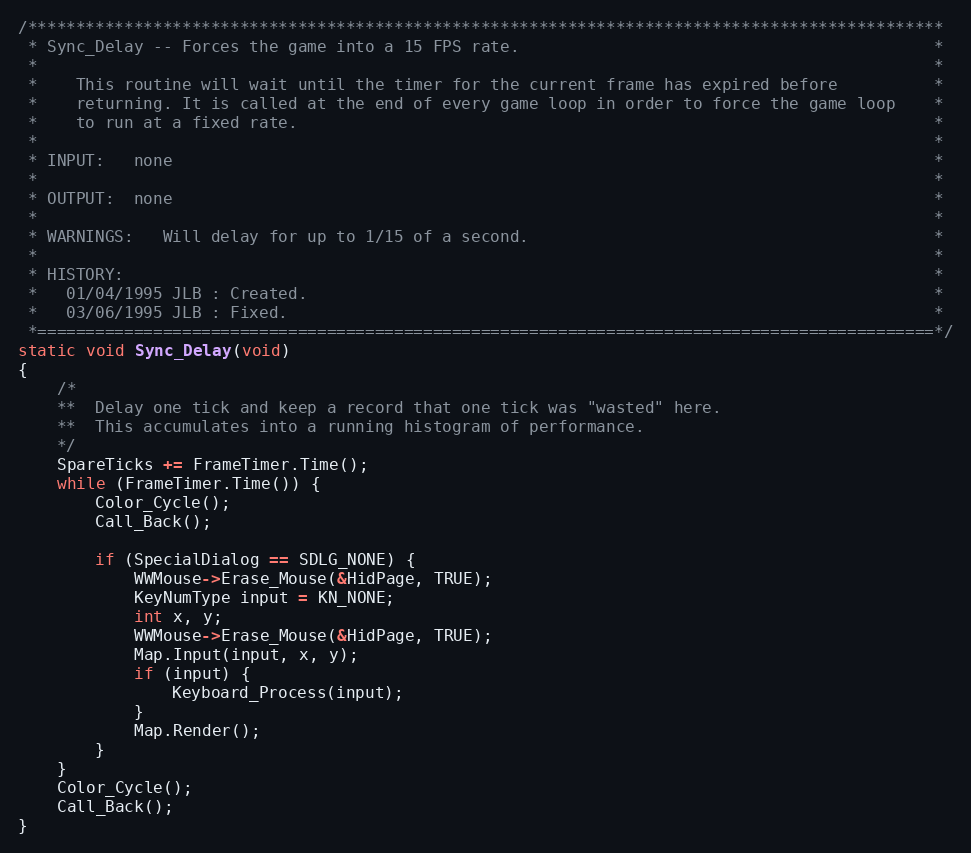
Language: C++
/***********************************************************************************************
 * Sync_Delay -- Forces the game into a 15 FPS rate.                                           *
 *                                                                                             *
 *    This routine will wait until the timer for the current frame has expired before          *
 *    returning. It is called at the end of every game loop in order to force the game loop    *
 *    to run at a fixed rate.                                                                  *
 *                                                                                             *
 * INPUT:   none                                                                               *
 *                                                                                             *
 * OUTPUT:  none                                                                               *
 *                                                                                             *
 * WARNINGS:   Will delay for up to 1/15 of a second.                                          *
 *                                                                                             *
 * HISTORY:                                                                                    *
 *   01/04/1995 JLB : Created.                                                                 *
 *   03/06/1995 JLB : Fixed.                                                                   *
 *=============================================================================================*/
static void Sync_Delay(void)
{
	/*
	**	Delay one tick and keep a record that one tick was "wasted" here.
	**	This accumulates into a running histogram of performance.
	*/
	SpareTicks += FrameTimer.Time();
	while (FrameTimer.Time()) {
		Color_Cycle();
		Call_Back();

		if (SpecialDialog == SDLG_NONE) {
			WWMouse->Erase_Mouse(&HidPage, TRUE);
			KeyNumType input = KN_NONE;
			int x, y;
			WWMouse->Erase_Mouse(&HidPage, TRUE);
			Map.Input(input, x, y);
			if (input) {
				Keyboard_Process(input);
			}
			Map.Render();
		}
	}
	Color_Cycle();
	Call_Back();
}